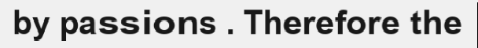
by passions . Therefore the